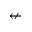
\nleftarrow